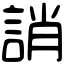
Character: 誚